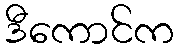
ဒီကောင်က